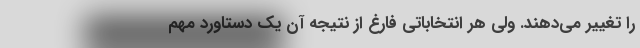
را تغییر می‌دهند. ولی هر انتخاباتی فارغ از نتیجه آن یک دستاورد مهم